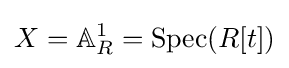
X=\mathbb {A} _{R}^{1}=\operatorname {Spec} (R[t])